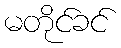
မတိုင်ခင်